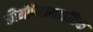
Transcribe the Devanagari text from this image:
कीमोपैरासाइटिक